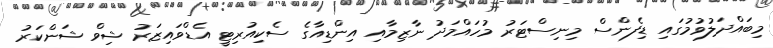
މިބައްދަލުވުމުގައި ޑިފެންސް މިނިސްޓަރު މުހައްމަދު ނާޒިމާއި އިންޑިއާގެ ސެކިއުރިޓީ އެޑްވައިޒަރު ޝިވް ޝަންކަރު